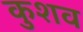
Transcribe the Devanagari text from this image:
कुशव